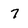
Character: 7